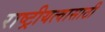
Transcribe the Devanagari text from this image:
राष्ट्रीयत्वासाठी